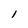
Character: I